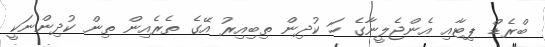
ބްރެޑް ޕިޓާއި އެންޖެލީނާގެ ހަ ކުދިން ތިބިއިރު އޭގެ ތެރެއިން ތިން ކުދިންނަކީ